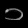
Digit: ၁